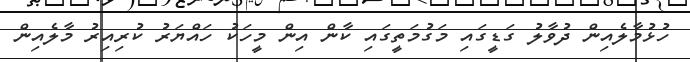
ހުޅުމާލެއިން ދުވާލު ގަޑީގައި މަގުމަތީގައި ކާން އިން މީހަކު ހައްޔަރު ކުރިއިރު މާލެއިން